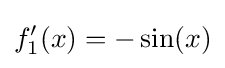
f_{1}'(x)=-\sin(x)